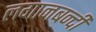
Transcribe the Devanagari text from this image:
लगानबन्दी